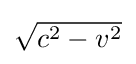
{\textstyle {\sqrt {c^{2}-v^{2}}}}